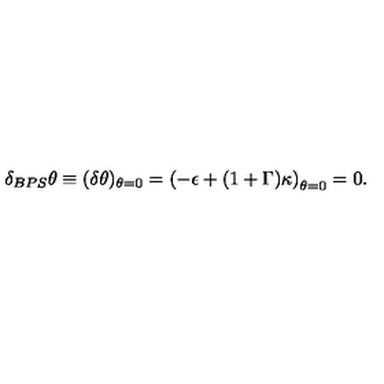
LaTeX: \delta _ { B P S } \theta \equiv ( \delta \theta ) _ { \theta = 0 } = \left( - \epsilon + ( 1 + \Gamma ) \kappa \right) _ { \theta = 0 } = 0 .